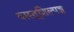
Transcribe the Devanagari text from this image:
वास्तूशिल्पज्ञ